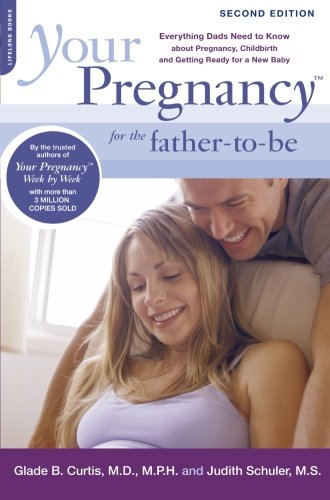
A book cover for Your Pregnancy for the Father-to-Be: Everything Dads Need to Know about Pregnancy, Childbirth and Getting Ready for a New Baby; Glade B. Curtis; Parenting & Relationships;